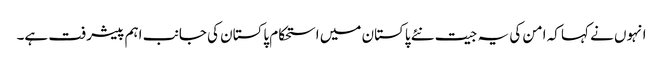
انہوں نے کہا کہ امن کی یہ جیت نئے پاکستان میں استحکام پاکستان کی جانب اہم پیشرفت ہے۔